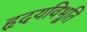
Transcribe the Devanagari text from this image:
हृदयविभूति